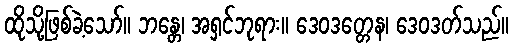
ထိုသို့ဖြစ်ခဲ့သော်။ ဘန္တေ၊ အရှင်ဘုရား။ ဒေဝဒတ္တေန၊ ဒေဝဒတ်သည်။